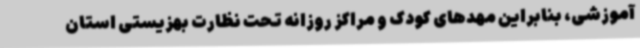
آموزشی، بنابراین مهدهای کودک و مراکز روزانه تحت نظارت بهزیستی استان